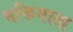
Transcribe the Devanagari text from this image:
भक्तिमाता